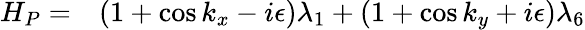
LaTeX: \begin{array}{rl}{H_{P}=}&{{}(1+\cos k_{x}-i\epsilon)\lambda_{1}+(1+\cos k_{y}+i\epsilon)\lambda_{6}}\end{array}